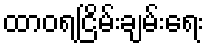
ထာဝရငြိမ်းချမ်းရေး